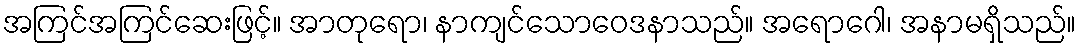
အကြင်အကြင်ဆေးဖြင့်။ အာတုရော၊ နာကျင်သောဝေဒနာသည်။ အရောဂေါ၊ အနာမရှိသည်။